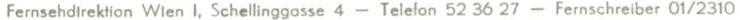
Fernsehdirektion Wien I, Schellinggasse 4 - Telefon 52 36 27 - Fernschreiber 01/2310